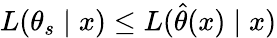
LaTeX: L(\theta_{s}\mid x)\le L(\hat{\theta}(x)\mid x)